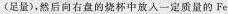
(足量)，然后向右盘的烧杯中放入一定质量的Fe